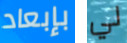
بإبعاد لي